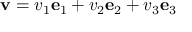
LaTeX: \mathbf { v } = v _ { 1 } \mathbf { e } _ { 1 } + v _ { 2 } \mathbf { e } _ { 2 } + v _ { 3 } \mathbf { e } _ { 3 }